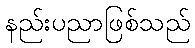
နည်းပညာဖြစ်သည်